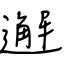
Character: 邂